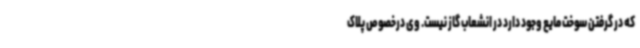
که در گرفتن سوخت مایع وجود دارد در انشعاب گاز نیست. وی درخصوص پلاک